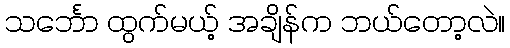
သင်္ဘော ထွက်မယ့် အချိန်က ဘယ်တော့လဲ။